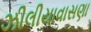
ઝીલીયાવાસણા